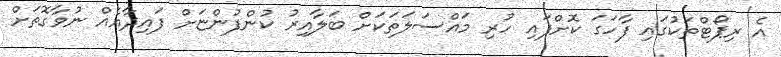
އެ ރިޕޯޓްތަކުގައި ފާހަގަ ކޮށްފައި ހުރި މައްސަލަތަކަށް ބަލާއިރު ކުންފުންޏަށް ފައިދާއެއް ނުވާގޮތަށް